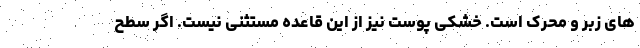
های زبر و محرک است. خشکی پوست نیز از این قاعده مستثنی نیست. اگر سطح